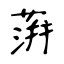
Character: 蓱